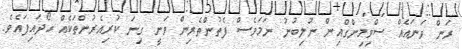
ރަން ވަނައެއް ސްވިމިންގްއިން ނުލިބުނު ނަމަވެސް ފެތުންތެރިން ވަނީ ގިނަ ކުރިއެރުންތަކެއް ހޯދައިފައެވެ.